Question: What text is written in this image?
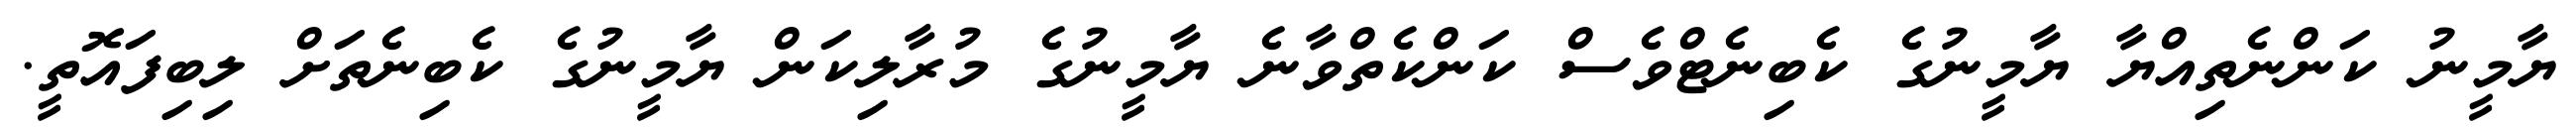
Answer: ޔާމީނު ކަންނެތިއްޔާ ޔާމީނުގެ ކެބިނެޓްވެސް ކަންކެތްވާނެ ޔާމީނުގެ މުރާލިކަން ޔާމީނުގެ ކެބިނެތަށް ލިބިފައޮތީ.